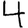
Digit: 4